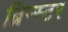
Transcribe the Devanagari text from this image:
ब्रिन्स्टर